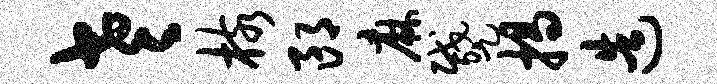
老核郎麻蹙揭造